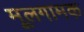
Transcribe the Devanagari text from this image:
मूलगामक